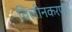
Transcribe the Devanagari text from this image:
विलीनकरण